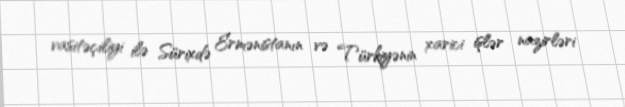
vasitəçiliyi ilə Sürixdə Ermənistanın və Türkiyənin xarici işlər nazirləri